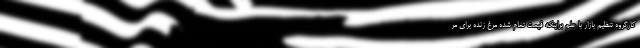
کارگروه تنظیم بازار با علم براینکه قیمت تمام شده مرغ زنده برای مر